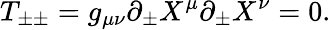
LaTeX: T_{\pm\pm}=g_{\mu\nu}\partial_{\pm}X^{\mu}\partial_{\pm}X^{\nu}=0.